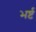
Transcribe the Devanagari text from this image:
भर्ष्ट